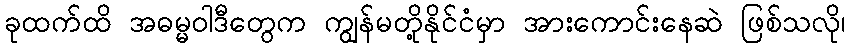
ခုထက်ထိ အဓမ္မဝါဒီတွေက ကျွန်မတို့နိုင်ငံမှာ အားကောင်းနေဆဲ ဖြစ်သလို၊